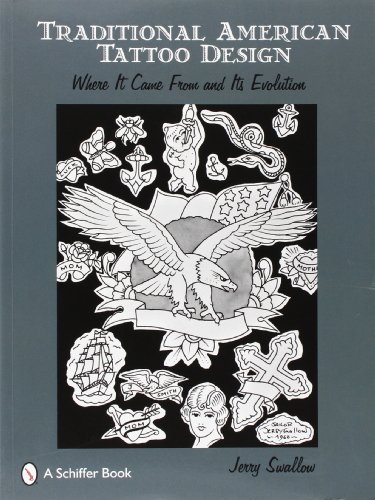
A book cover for Traditional American Tattoo Design: Where It Came from and Its Evolution; Jerry Swallow; Arts & Photography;